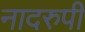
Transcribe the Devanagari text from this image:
नादरुपी